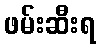
ဖမ်းဆီးရ